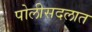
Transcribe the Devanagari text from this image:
पोलीसदलात